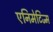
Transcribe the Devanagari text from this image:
एनिमेटिज्म